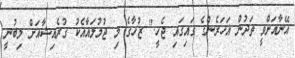
އޭނާއަށްވީ ތަދުން އަހަރެންގެ ގައިގައި ޖެހީ." ޒުހާގެ މި ޖުމުލައާއެކު ގުރެއިޝާއަށް ލިބުނީ